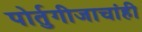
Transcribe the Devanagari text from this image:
पोर्तुगीजाचांही